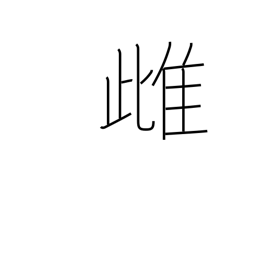
Meaning: feminine